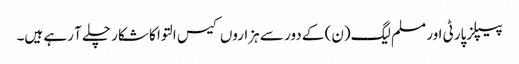
پیپلزپارٹی اور مسلم لیگ(ن) کے دور سے ہزاروں کیس التوا کا شکار چلے آ رہے ہیں۔